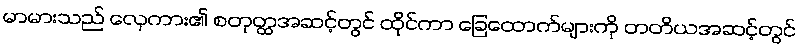
မာမားသည် လှေကား၏ စတုတ္ထအဆင့်တွင် ထိုင်ကာ ခြေထောက်များကို တတိယအဆင့်တွင်